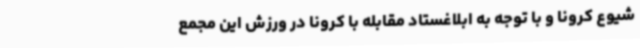
شیوع کرونا و با توجه به ابلاغستاد مقابله با کرونا در ورزش این مجمع